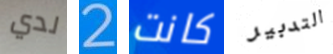
لدي 2 كانت التدبير